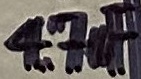
Text: 4,7uF